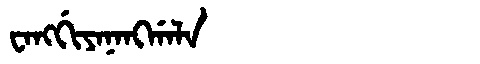
Manchu: ᠸᠠᠩᡤᡳᠶᠠᠨᠠᠩᡤᠠᠯᠠ
Romanization: WANGGIYANANGGALA